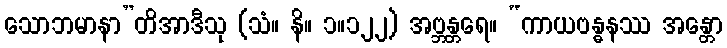
သောဘမာနာ”တိအာဒီသု (သံ။ နိ။ ၁။၁၂၂) အဗ္ဘန္တရေ။ “ကာယဗန္ဓနဿ အန္တော